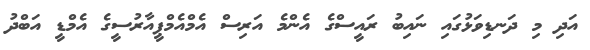
އަދި މި ދަނޑިވަޅުގައި ނައިބު ރައީސްގެ އެންމެ އަރިސް އެމްއެމްޕީއާރުސީގެ އެމްޑީ އަބްދު